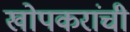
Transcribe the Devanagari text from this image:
खोपकरांची